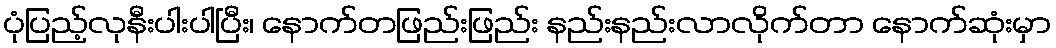
ပုံပြည့်လုနီးပါးပါပြီး၊ နောက်တဖြည်းဖြည်း နည်းနည်းလာလိုက်တာ နောက်ဆုံးမှာ